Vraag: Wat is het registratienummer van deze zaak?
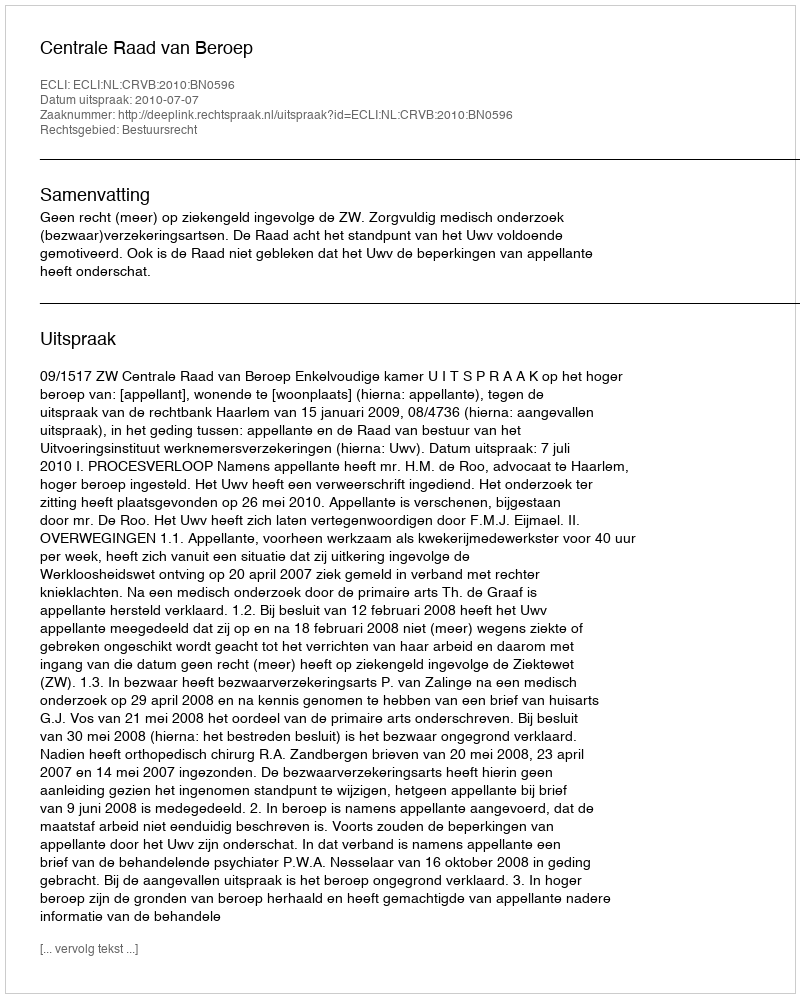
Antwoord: http://deeplink.rechtspraak.nl/uitspraak?id=ECLI:NL:CRVB:2010:BN0596